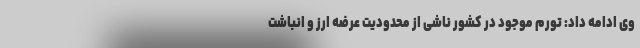
وی ادامه داد: تورم موجود در کشور ناشی از محدودیت عرضه ارز و انباشت